Vaccination in Bombay 1902-1912 - 1902-1912
Year: 1902
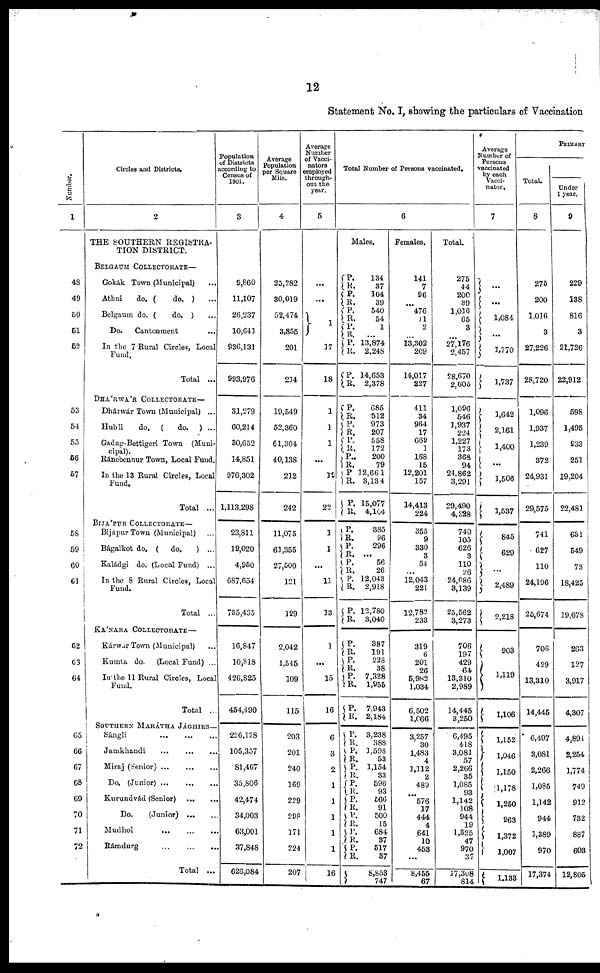
12
Statement No. I, showing the particulars of Vaccination
Number.
1
48
49
50
51
52
53
54
55
56
57
58
59
60
61
62
63
64
65
66
67
68
69
70
71
72
Circles and Districts.
2
THE SOUTHERN REGISTRA-
TION DISTRICT.
BELGAUM COLLECTORATE—
Gokák Town (Municipal) ...
Athni
do. (
do. ) ...
Belgaum do. (
do. ) ...
Do.
Cantonment ...
In the 7 Rural Circles, Local
Fund.
Total ...
DHÁRWÁR COLLECTORATE—
Dhárwár Town (Municipal) ...
Hubli
do. (
do. ) ...
Gadag-Bettigeri Town (Muni-
cipal).
Ránebennur Town, Local Fund.
In the 13 Rural Circles, Local
Fund.
Total ...
BIJÁPUR COLLECTORATE—
Bijápur Town (Municipal) ...
Bágalkot do. ( do.
) ...
Kaládgi do. (Local Fund) ...
In the 8 Rural Circles, Local
Fund.
Total ...
KÁNARA COLLECTORATE—
Kárwár Town (Municipal) ...
Kumta do. (Local Fund) ...
In the 11 Rural Circles, Local
Fund.
Total ...
SOUTHERN MARÁTHA JÁGHIRS—
Sángli
...
...
...
Jamkhandi
...
...
...
Miraj (Senior)
...
...
...
Do. (Junior)
...
...
...
Kurundvád (Senior)
...
...
Do.
(Junior)
...
...
Mudhol
...
...
...
Rámdurg
...
...
...
Total ...
Population
of Districts
according to
Census of
1901.
3
9,860
11,107
26,237
10,641
936,131
993,976
31,279
60,214
30,652
14,851
976,302
1,113,298
23,811
19,020
4,950
687,654
735,435
16,847
10,818
426,825
454,490
226,128
105,357
81,467
35,806
42,474
34,003
63,001
37,848
626,084
Average
Population
per Square
Mile.
4
25,282
30,019
52,474
3,855
201
214
19,549
52,360
61,304
40,138
212
242
11,075
61,355
27,500
121
129
2,042
1,545
109
115
203
201
240
169
229
298
171
224
207
Average
Number
of Vacci-
nators
employed
through-
out the
year.
5
...
...
1
17
18
1
1
1
...
19
22
1
1
...
11
13
1
...
15
16
6
3
2
1
1
1
1
1
16
Total Number of Persons vaccinated.
6
Males.
P. R.
P. R.
P. R.
P. R.
P.
R.
P. R.
P.
R.
P.
R.
P.
R.
P. R.
P.
R.
P. R.
P.
R.
P. R.
P.
R.
P.
R.
P.
R.
P. R.
P.
R.
P. R.
P.
R.
P. R.
P.
R.
P.
R.
P. R.
P. R.
P.
R.
P.
R.
P.
R.
134
37
104
39
540
54
1
...
13,874
2,248
14,653
2,378
685
512
973
207
558
172
200
79
12,661
3,134
15,077
4,104
385
96
296
...
56
26
12,043
2,918
12,780
3,040
387
191
228
38
7,328
1,955
7,943
2,184
3,238
388
1,598
53
1,154
33
596
93
566
91
500
15
684
37
517
37
8,853
747
Females.
141
7
96
...
476
11
2
...
13,302
209
14,017
227
411
34
964
17
669
1
168
15
12,201
157
14,413
224
355
9
330
3
54
...
12,043
221
12,782
233
319
6
201
26
5,982
1,034
6,502
1,066
3,257
30
1,483
4
1,112
2
489
...
576
17
444
4
641
10
453
...
8,455
67
Total.
275
44
200
39
1,016
65
3
...
27,176
2,457
28,670
2,605
1,096
546
1,937
224
1,227
173
368
94
24,862
3,291
29,490
4,328
740
105
626
3
110
26
24,086
3,139
25,562
3,273
706
197
429
64
13,310
2,989
14,445
3,250
6,495
418
3,081
57
2,266
35
1,085
93
1,142
108
944
19
1,325
47
970
37
17,308
814
Average
Number of
Persons
vaccinated
by each
Vacci-
nator.
7
...
...
1,084
...
1,770
1,737
1,642
2,161
1,400
...
1,506
1,537
845
629
...
2,489
2,218
903
1,119
1,106
1,152
1,046
1,150
1,178
1,250
963
1,372
1,007
1,133
PRIMARY
Total.
8
275
200
1,016
3
27,226
28,720
1,096
1,937
1,239
372
24,931
29,575
741
627
110
24,196
25,674
706
429
13,310
14,445
6,497
3,081
2,266
1,085
1,142
944
1,389
970
17,374
Under
1 year.
9
229
138
816
3
21,726
22,912
598
1,495
933
251
19,204
22,481
631
549
73
18,425
19,678
263
127
3,917
4,307
4,894
2,254
1,774
749
912
732
887
603
12,805